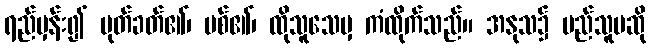
ရည်မှန်း၍ ပုတ်ခတ်၏၊ ပစ်၏၊ ထိုသူသေမှ ကံထိုက်သည်။ အနုသ၌ မည်သူမဆို